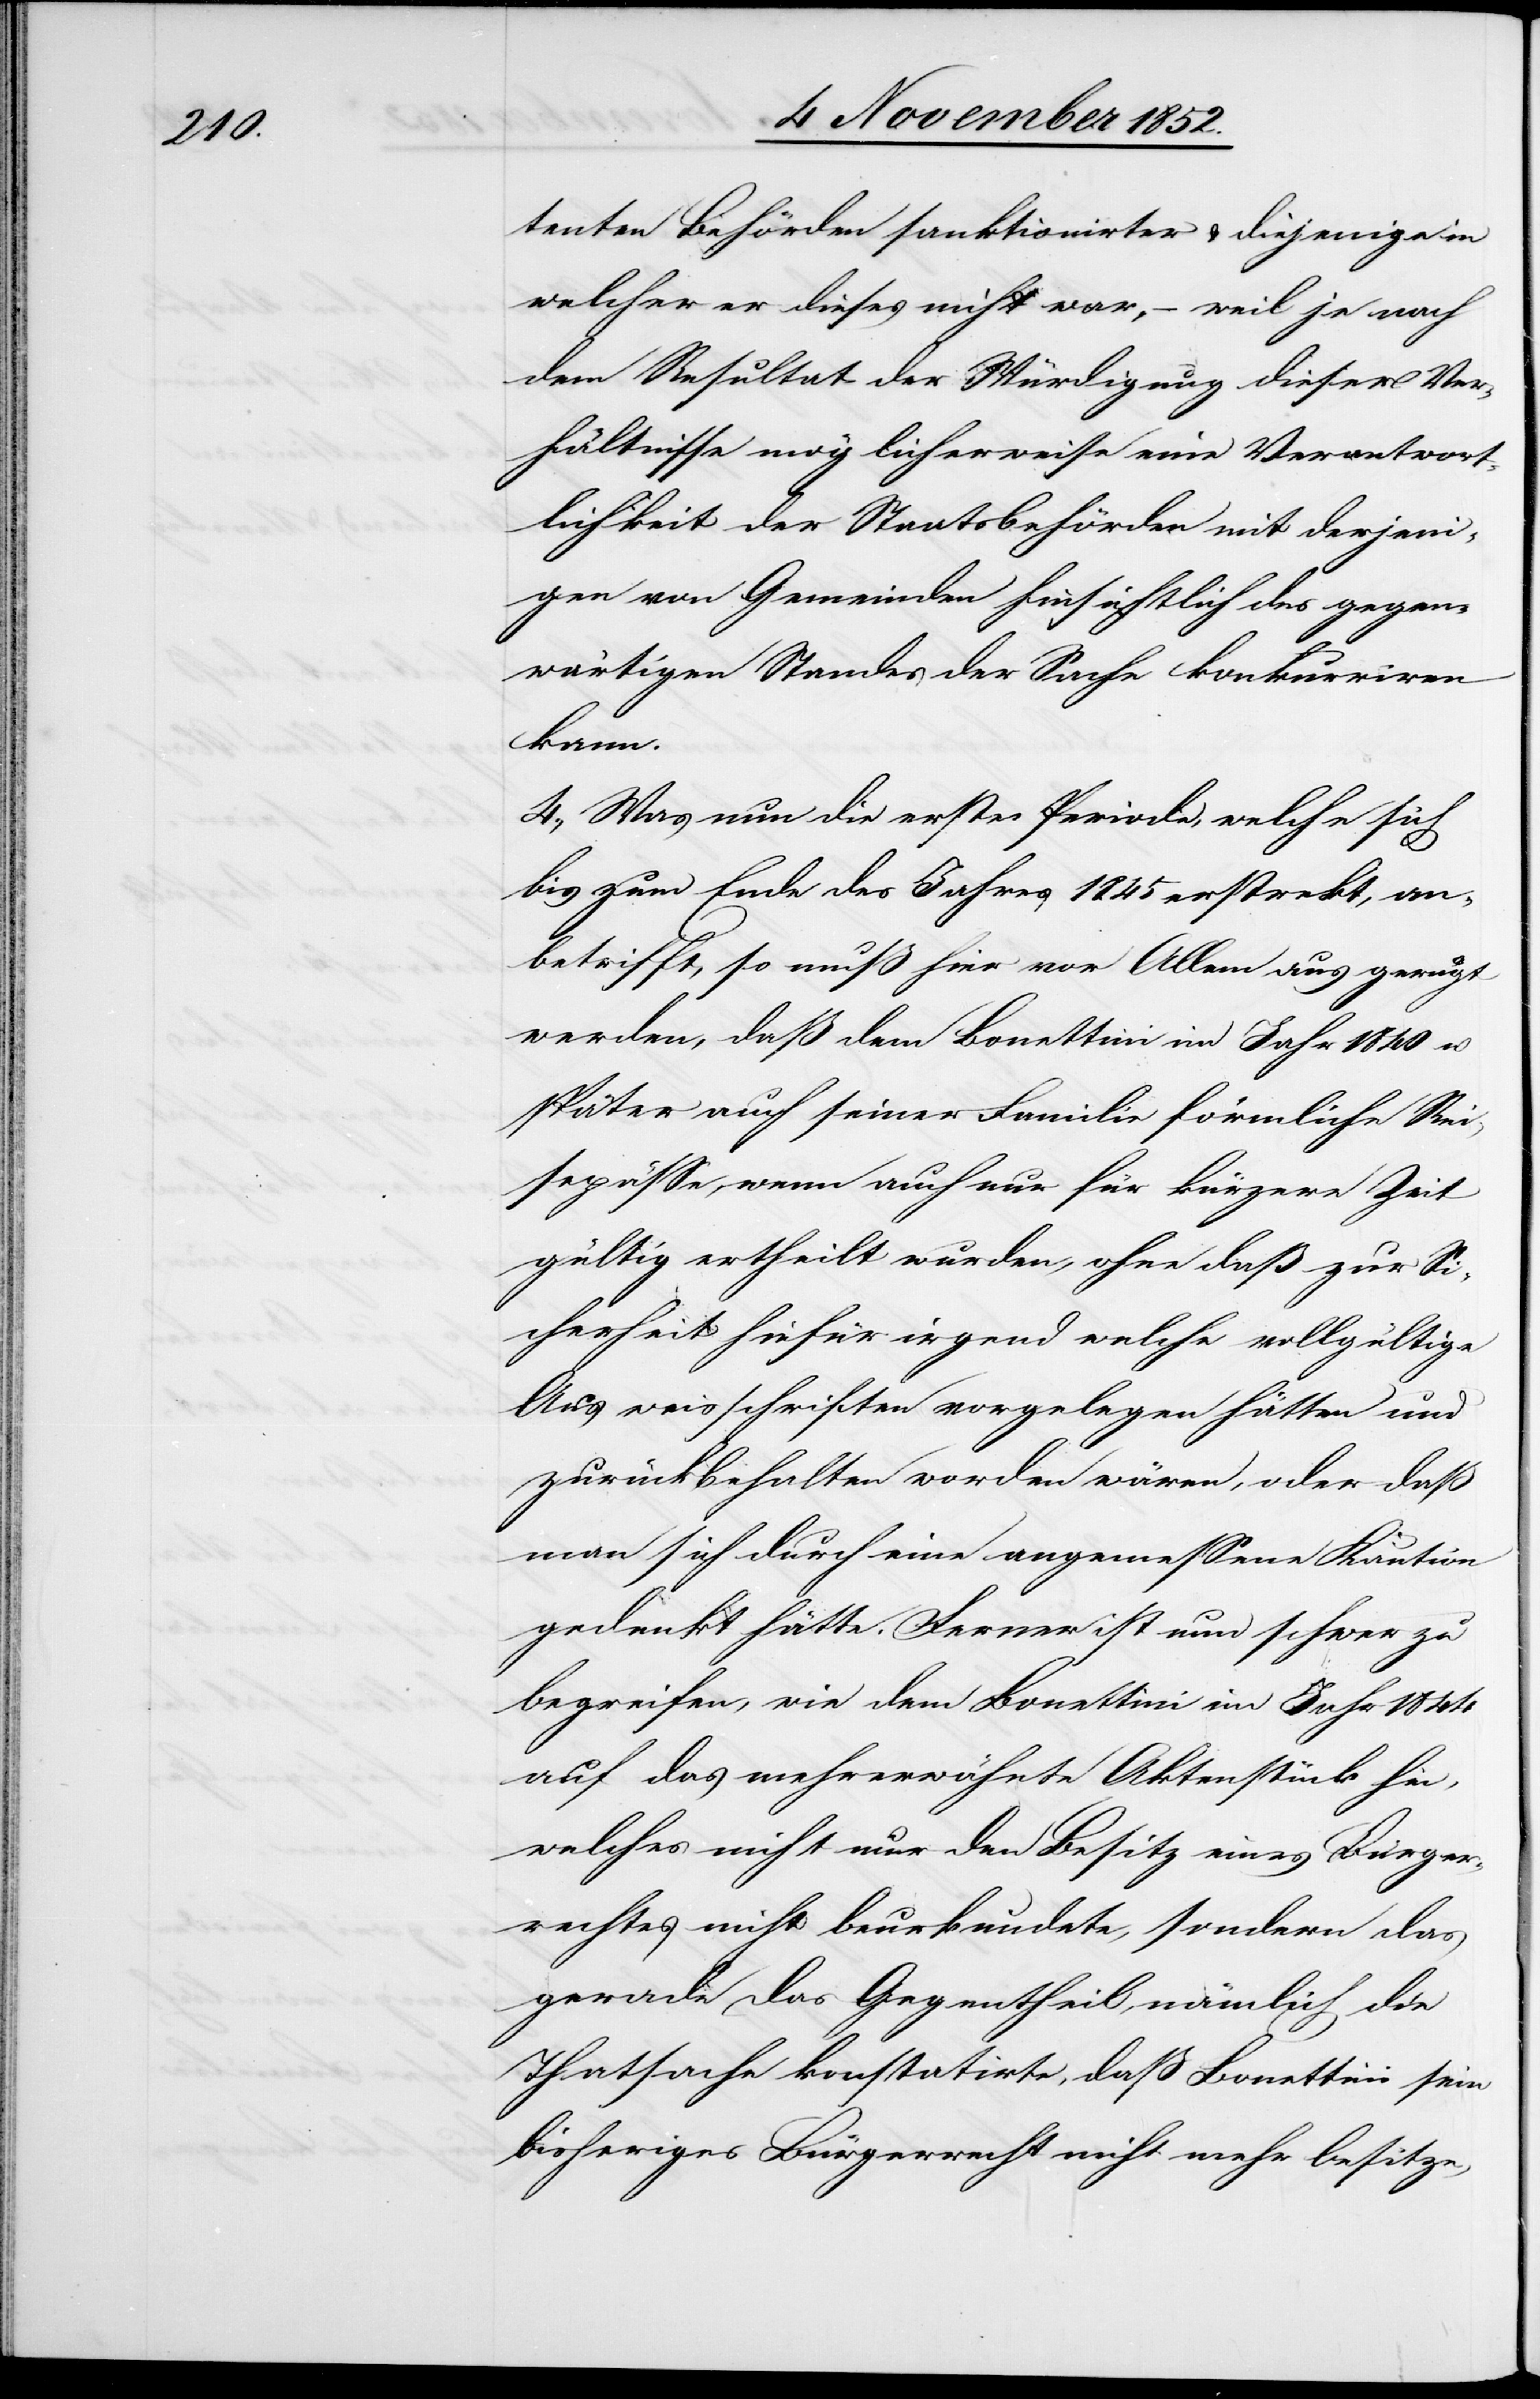
tenten Behörden sanktionirter & diejenige in
welcher er dieses nicht war, – weil je nach
dem Resultat der Würdigung dieser Ver¬
hältnisse möglicherweise eine Verantwort¬
lichkeit der Staatsbehörden mit derjeni¬
gen von Gemeinden hinsichtlich des gegen¬
wärtigen Standes der Sache konkurriren
kann.
4., Was nun die erste Periode, welche sich
bis zum Ende des Jahres 1845 erstreckt, an¬
betrifft, so muß hier vor Allem aus gerügt
werden, daß dem Bonettini im Jahr 1840 u.
später auch seiner Familie förmliche Rei¬
sepässe, wenn auch nur für kürzere Zeit
gültig ertheilt wurden, ohne daß zur Si¬
cherheit hiefür irgend welche vollgültige
Ausweisschriften vorgelegen hätten und
zurückbehalten worden wären, oder daß
man sich durch eine angemessene Kaution
gedenkt [sic!] hätte. Ferner ist nun schwer zu
begreifen, wie dem Bonettini im Jahr 1844
auf das mehrerwähnte Aktenstück hin,
welches nicht nur den Besitz eines Bürger¬
rechtes nicht beurkundete, sondern das
gerade das Gegentheil, nämlich die
Thatsache konstatirte, daß Bonettini sein
bisheriges Bürgerrecht nicht mehr besitze,